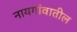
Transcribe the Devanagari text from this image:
नायगांवातील